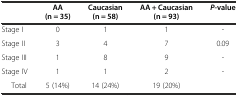
<table><thead><tr><td></td><td><b>AA (n = 35)</b></td><td><b>Caucasian (n = 58)</b></td><td><b>AA + Caucasian (n = 93)</b></td><td><b><i>P</i>-value</b></td></tr></thead><tbody><tr><td>Stage I</td><td>0</td><td>1</td><td>1</td><td>-</td></tr><tr><td>Stage II</td><td>3</td><td>4</td><td>7</td><td>0.09</td></tr><tr><td>Stage III</td><td>1</td><td>8</td><td>9</td><td>-</td></tr><tr><td>Stage IV</td><td>1</td><td>1</td><td>2</td><td>-</td></tr><tr><td>Total</td><td>5 (14%)</td><td>14 (24%)</td><td>19 (20%)</td><td></td></tr></tbody></table>